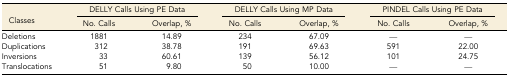
| <ROWSPAN=2> Classes | <COLSPAN=2> DELLY Calls Using PE Data | <COLSPAN=2> DELLY Calls Using MP Data | <COLSPAN=2> PINDEL Calls Using PE Data |
 | No. Calls | Overlap, % | No. Calls | Overlap, % | No. Calls | Overlap, % |
 | --- | --- | --- | --- | --- | --- | --- |
 | Deletions | 1881 | 14.89 | 234 | 67.09 | — | — |
 | Duplications | 312 | 38.78 | 191 | 69.63 | 591 | 22.00 |
 | Inversions | 33 | 60.61 | 139 | 56.12 | 101 | 24.75 |
 | Translocations | 51 | 9.80 | 50 | 10.00 | — | — |